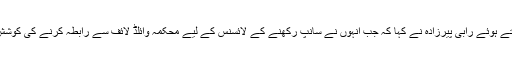
محکمہ وائلڈ لائف کی پول کھولتے ہوئے رابی پیرزادہ نے کہا کہ جب انہوں نے سانپ رکھنے کے لائسنس کے لیے محکمہ وائلڈ لائف سے رابطہ کرنے کی کوشش کی تو وہاں کوئی تھا ہی نہیں۔